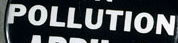
POLLUTION